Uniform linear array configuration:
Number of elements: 4
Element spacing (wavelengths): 0.5
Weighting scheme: kaiser
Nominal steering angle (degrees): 45
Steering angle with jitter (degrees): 44.981
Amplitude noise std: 0.05
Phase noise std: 0.05

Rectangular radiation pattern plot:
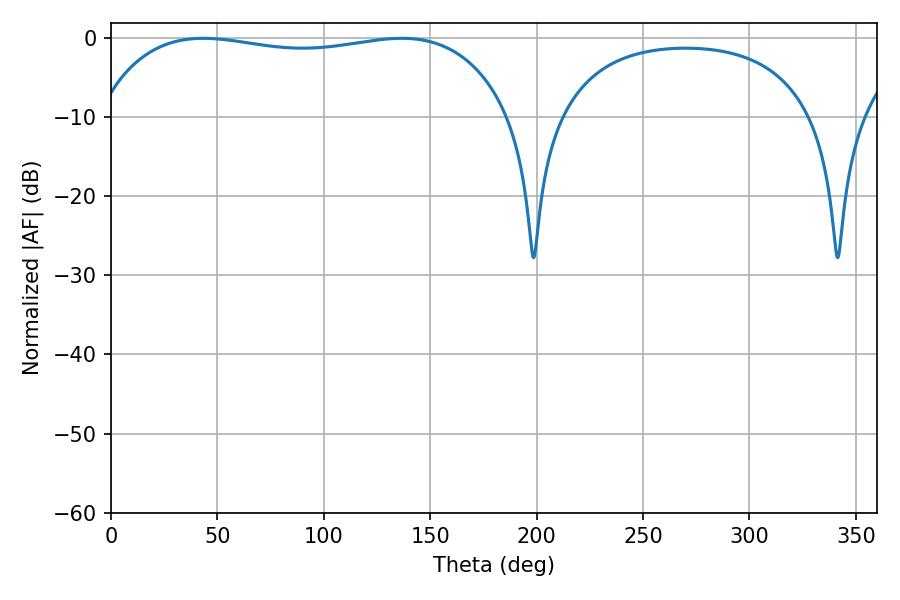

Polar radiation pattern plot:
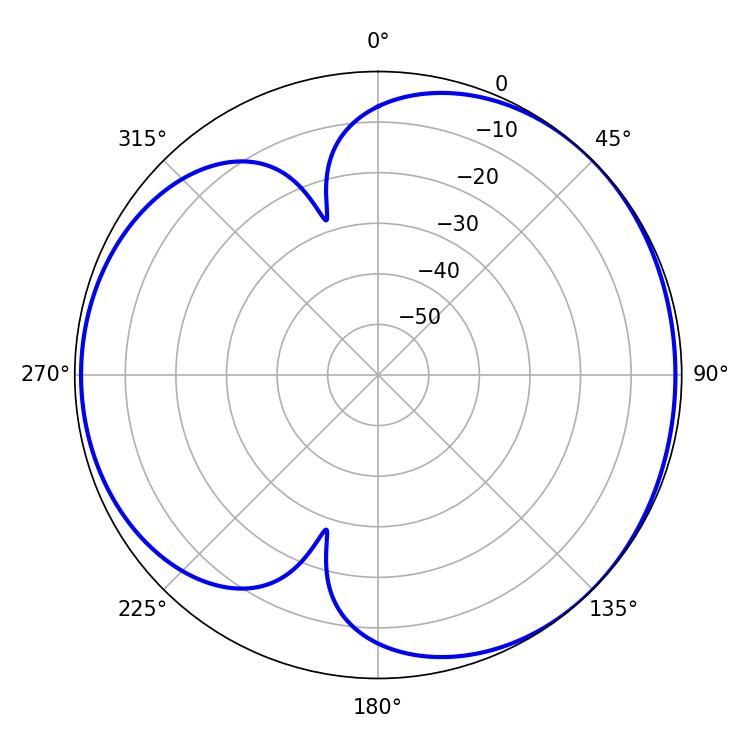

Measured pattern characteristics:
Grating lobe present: FALSE
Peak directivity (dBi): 4.147
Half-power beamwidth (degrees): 155.88
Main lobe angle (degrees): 43.38